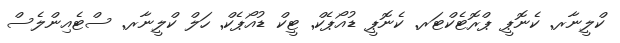
ކްލީނާރ